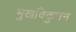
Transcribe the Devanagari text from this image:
मुखविकुनन